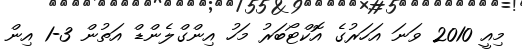
މިއީ 2010 ވަނަ އަހަރުގެ އޮކްޓޯބަރު މަހު އިންގްލެންޑް އަތުން 3-1 އިން